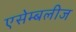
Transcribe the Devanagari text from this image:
एसेम्बलीज